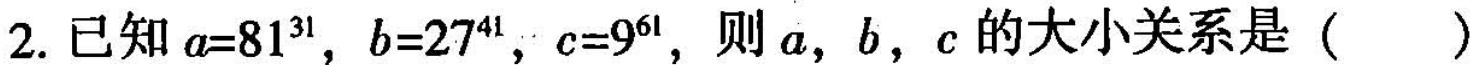
2.已知$$a = 8 1 ^ { 3 1 }$$,$$b = 2 7 ^ { 4 1 }$$,$$c = 9 ^ { 6 1 }$$,则a,b,c 的大小关系是()